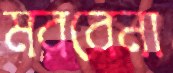
মরবেনা